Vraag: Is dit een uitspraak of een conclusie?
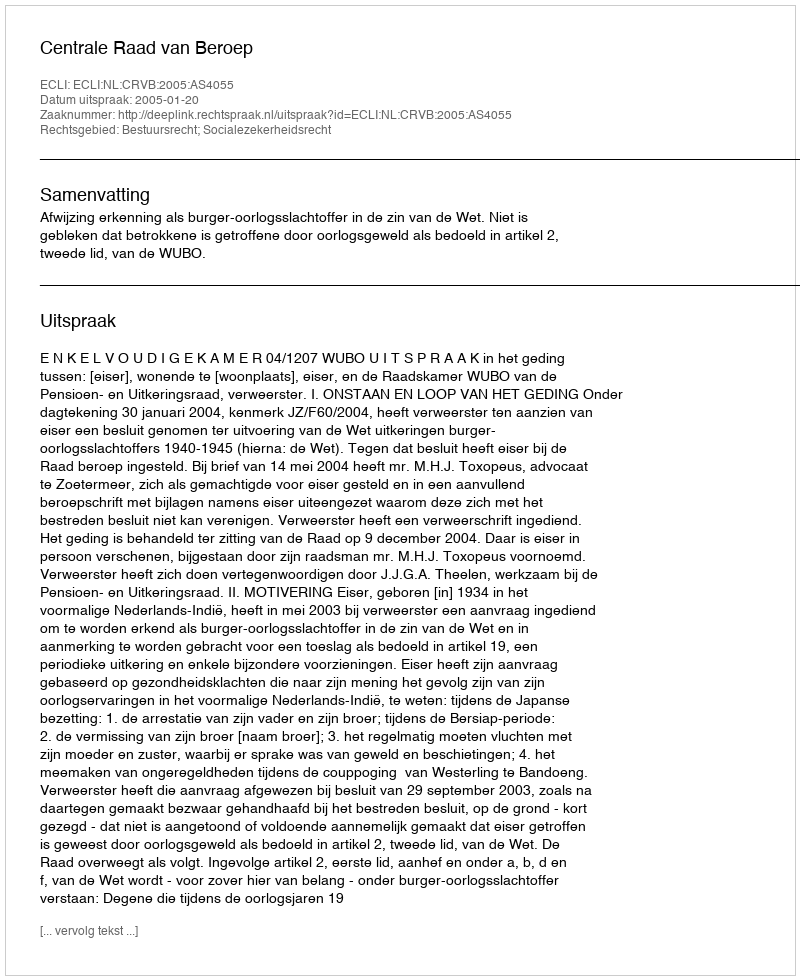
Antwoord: Uitspraak